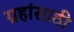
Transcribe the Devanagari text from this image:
ग्रहांसाठी